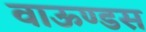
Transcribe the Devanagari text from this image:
वाऊण्डस